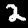
Label: 2